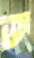
জ